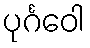
ပုင်္ဂဝေါ